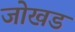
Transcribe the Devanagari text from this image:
जोखड